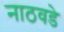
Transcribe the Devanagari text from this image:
नाठवडे